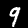
Digit: 9